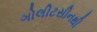
ગોલીટસીનથી